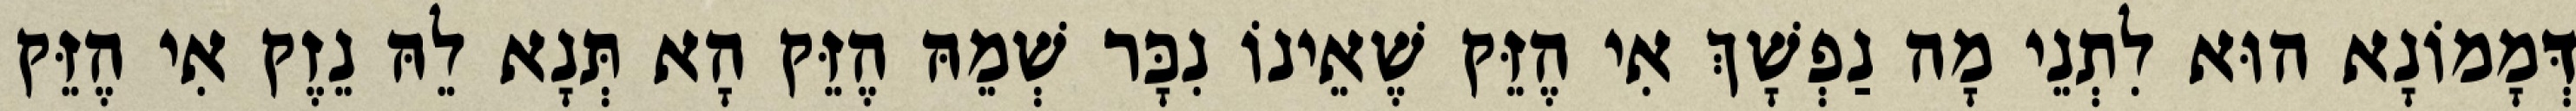
דְּמָמוֹנָא הוּא לִתְנֵי מָה נַפְשָׁךְ אִי הֶזֵּק שֶׁאֵינוֹ נִכָּר שְׁמֵהּ הֶזֵּק הָא תְּנָא לֵהּ נֵזֶק אִי הֶזֵּק